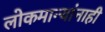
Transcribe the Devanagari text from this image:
लोकमान्‍यांनाही